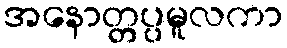
အနောတ္တပ္ပမူလကာ